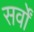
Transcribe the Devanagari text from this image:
सर्वों